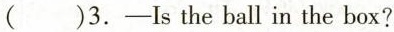
( )3.-Is the ball in the box?